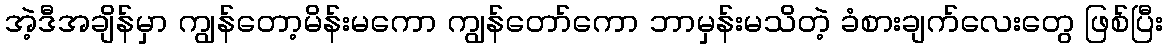
အဲ့ဒီအချိန်မှာ ကျွန်တော့မိန်းမကော ကျွန်တော်ကော ဘာမှန်းမသိတဲ့ ခံစားချက်လေးတွေ ဖြစ်ပြီး